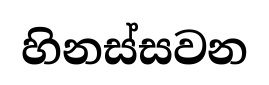
හිනස්සවන